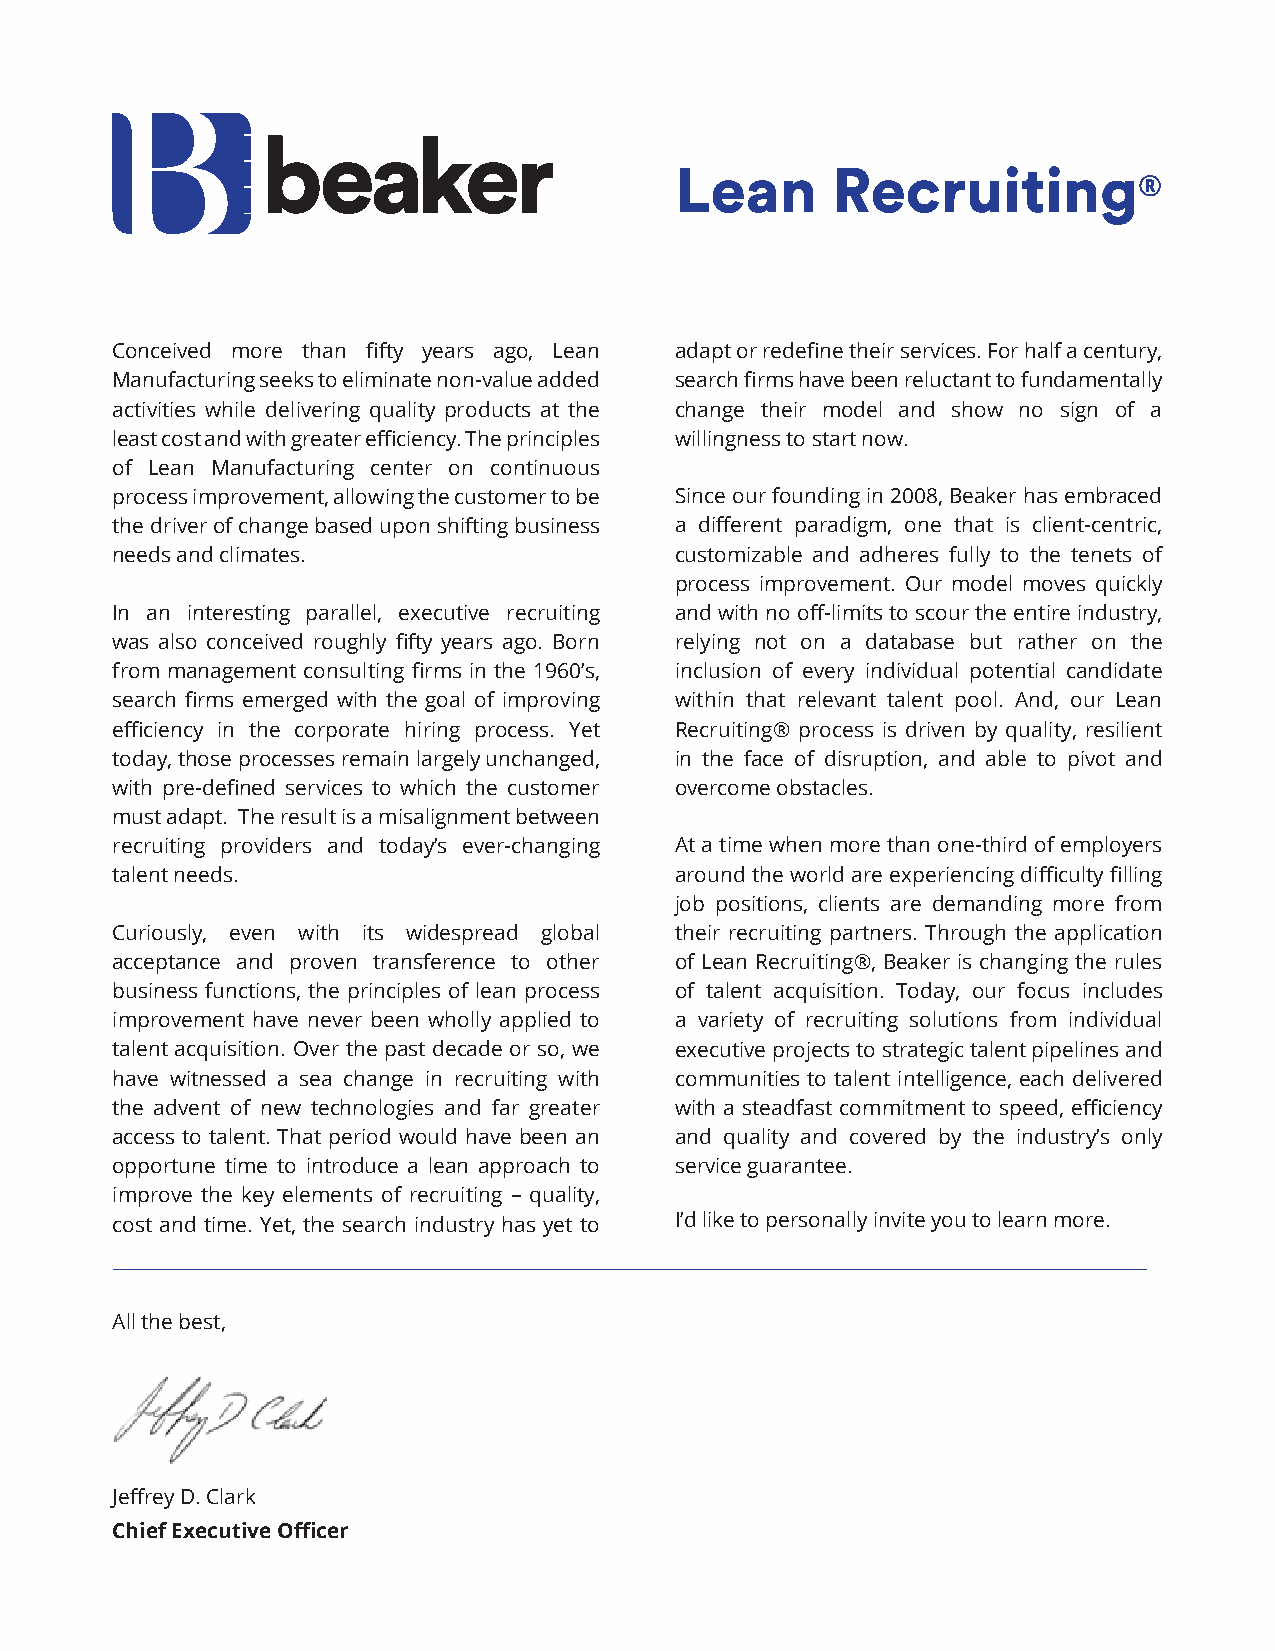
Lean      Recruiting
 ®
 Conceived more than fifty years ago, Lean adapt or redefine their services. For half a century,
 Manufacturing seeks to eliminate non-value added search firms have been reluctant to fundamentally
 activities while delivering quality products at the change their model and show no sign of a
 least cost and with greater efficiency. The principles willingness to start now.
 of Lean Manufacturing center on continuous
 process improvement, allowing the customer to be Since our founding in 2008, Beaker has embraced
 the driver of change based upon shifting business a different paradigm, one that is client-centric,
 needs and climates.                   customizable and adheres fully to the tenets of
 process improvement. Our model moves quickly
 In an interesting parallel, executive recruiting and with no off-limits to scour the entire industry,
 was also conceived roughly fifty years ago. Born relying not on a database but rather on the
 from management consulting firms in the 1960’s, inclusion of every individual potential candidate
 search firms emerged with the goal of improving within that relevant talent pool. And, our Lean
 efficiency in the corporate hiring process. Yet Recruiting® process is driven by quality, resilient
 today, those processes remain largely unchanged, in the face of disruption, and able to pivot and
 with pre-defined services to which the customer overcome obstacles.
 must adapt. The result is a misalignment between
 recruiting providers and today’s ever-changing At a time when more than one-third of employers
 talent needs.                         around the world are experiencing difficulty filling
 job positions, clients are demanding more from
 Curiously, even with its widespread global their recruiting partners. Through the application
 acceptance and proven transference to other of Lean Recruiting®, Beaker is changing the rules
 business functions, the principles of lean process of talent acquisition. Today, our focus includes
 improvement have never been wholly applied to a variety of recruiting solutions from individual
 talent acquisition. Over the past decade or so, we executive projects to strategic talent pipelines and
 have witnessed a sea change in recruiting with communities to talent intelligence, each delivered
 the advent of new technologies and far greater with a steadfast commitment to speed, efficiency
 access to talent. That period would have been an and quality and covered by the industry’s only
 opportune time to introduce a lean approach to service guarantee.
 improve the key elements of recruiting – quality,
 cost and time. Yet, the search industry has yet to I’d like to personally invite you to learn more.
 All the best,
 Jeffrey D. Clark
 Chief Executive Officer